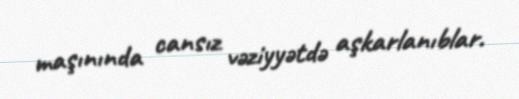
maşınında cansız vəziyyətdə aşkarlanıblar.